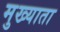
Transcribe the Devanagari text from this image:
मुख्याता